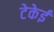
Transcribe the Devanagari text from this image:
टेकेई